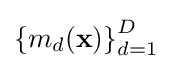
\left\{m_{d}({\textbf {x}})\right\}_{d=1}^{D}